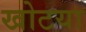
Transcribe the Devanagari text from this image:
खोटया